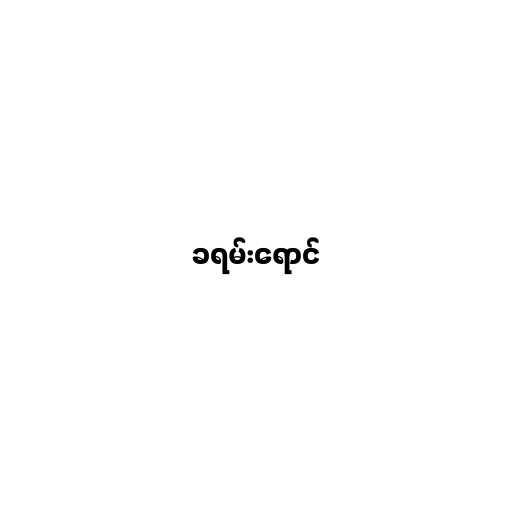
ခရမ်းရောင်